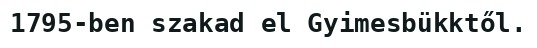
1795-ben szakad el Gyimesbükktől.